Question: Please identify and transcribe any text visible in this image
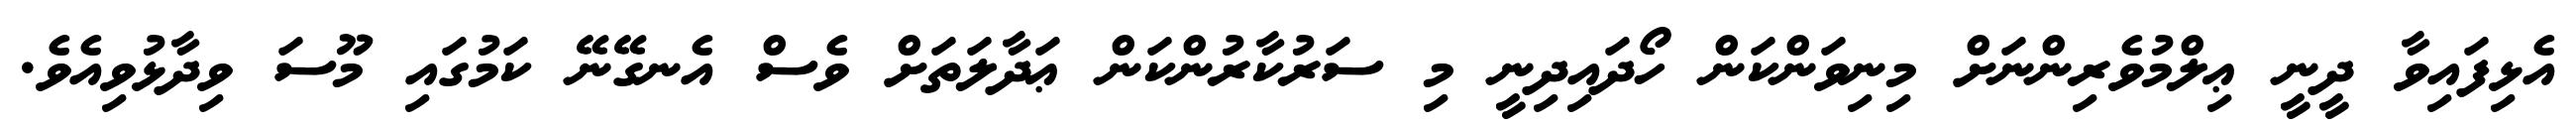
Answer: އެޅިފައިވާ ދީނީ ޢިލްމުވެރިންނަށް މިނިވަންކަން ހޯދައިދިނީ މި ސަރުކާރުންކަން ޢަދާލަތަށް ވެސް އެނގޭނޭ ކަމުގައި މޫސަ ވިދާޅުވިއެވެ.